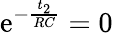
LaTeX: \mathrm{e}^{-\frac{{t_{2}}}{{RC}}}=0